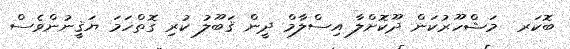
ބޮކަރ  މަޝްހޫރުކަން ދޫކޮށްލާ އިސްލާމް ދީން ޤަބޫލު ކުރި ގޮތްހަމަ ޔަޤީނުންވެސް